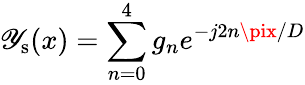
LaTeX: \mathscr{Y}_{\mathrm{{s}}}(x)=\sum_{n=0}^{4}g_{n}e^{-j2n\pix/D}